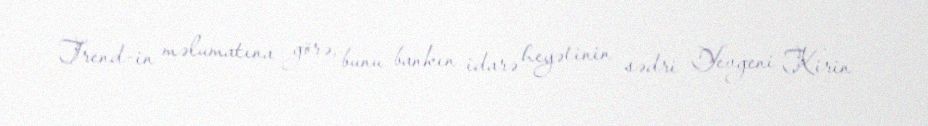
Trend-in məlumatına görə, bunu bankın idarə heyətinin sədri Yevgeni Kirin